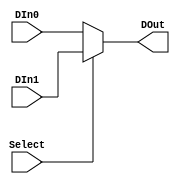
`default_nettype none

// --------------------------------------------------------------------------
// Multiplexers
// --------------------------------------------------------------------------

module Mux2
#(
    parameter DataWidth = 16,
    parameter SelectSize = 1
    )
(
   input wire [SelectSize-1:0] Select,
   input wire [DataWidth-1:0] DIn0,  // Data input
   input wire [DataWidth-1:0] DIn1,  // Data input
   output wire [DataWidth-1:0] DOut  // Output
);

assign DOut = (Select == 2'b00) ? DIn0 :
              (Select == 2'b01) ? DIn1 :
              1'b0;
endmodule

module Mux4
#(
    parameter DataWidth = 16,
    parameter SelectSize = 2
    )
(
   input wire [SelectSize-1:0] Select,
   input wire [DataWidth-1:0] DIn0,  // Data input
   input wire [DataWidth-1:0] DIn1,  // Data input
   input wire [DataWidth-1:0] DIn2,  // Data input
   input wire [DataWidth-1:0] DIn3,  // Data input
   output wire [DataWidth-1:0] DOut  // Output
);

assign DOut = (Select == 2'b00) ? DIn0 :
              (Select == 2'b01) ? DIn1 :
              (Select == 2'b10) ? DIn2 :
              (Select == 2'b11) ? DIn3 :
              1'b0;
endmodule

module Mux8
#(
    parameter DataWidth = 16,
    parameter SelectSize = 3
    )
(
   input wire [SelectSize-1:0] Select,
   input wire [DataWidth-1:0] DIn0,  // Data input
   input wire [DataWidth-1:0] DIn1,  // Data input
   input wire [DataWidth-1:0] DIn2,  // Data input
   input wire [DataWidth-1:0] DIn3,  // Data input
   input wire [DataWidth-1:0] DIn4,  // Data input
   input wire [DataWidth-1:0] DIn5,  // Data input
   input wire [DataWidth-1:0] DIn6,  // Data input
   input wire [DataWidth-1:0] DIn7,  // Data input
   output wire [DataWidth-1:0] DOut  // Output
);

assign DOut = (Select == 3'b000) ? DIn0 :
              (Select == 3'b001) ? DIn1 :
              (Select == 3'b010) ? DIn2 :
              (Select == 3'b011) ? DIn3 :
              (Select == 3'b100) ? DIn4 :
              (Select == 3'b101) ? DIn5 :
              (Select == 3'b110) ? DIn6 :
              (Select == 3'b111) ? DIn7 :
              1'b0;
endmodule